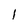
Character: l